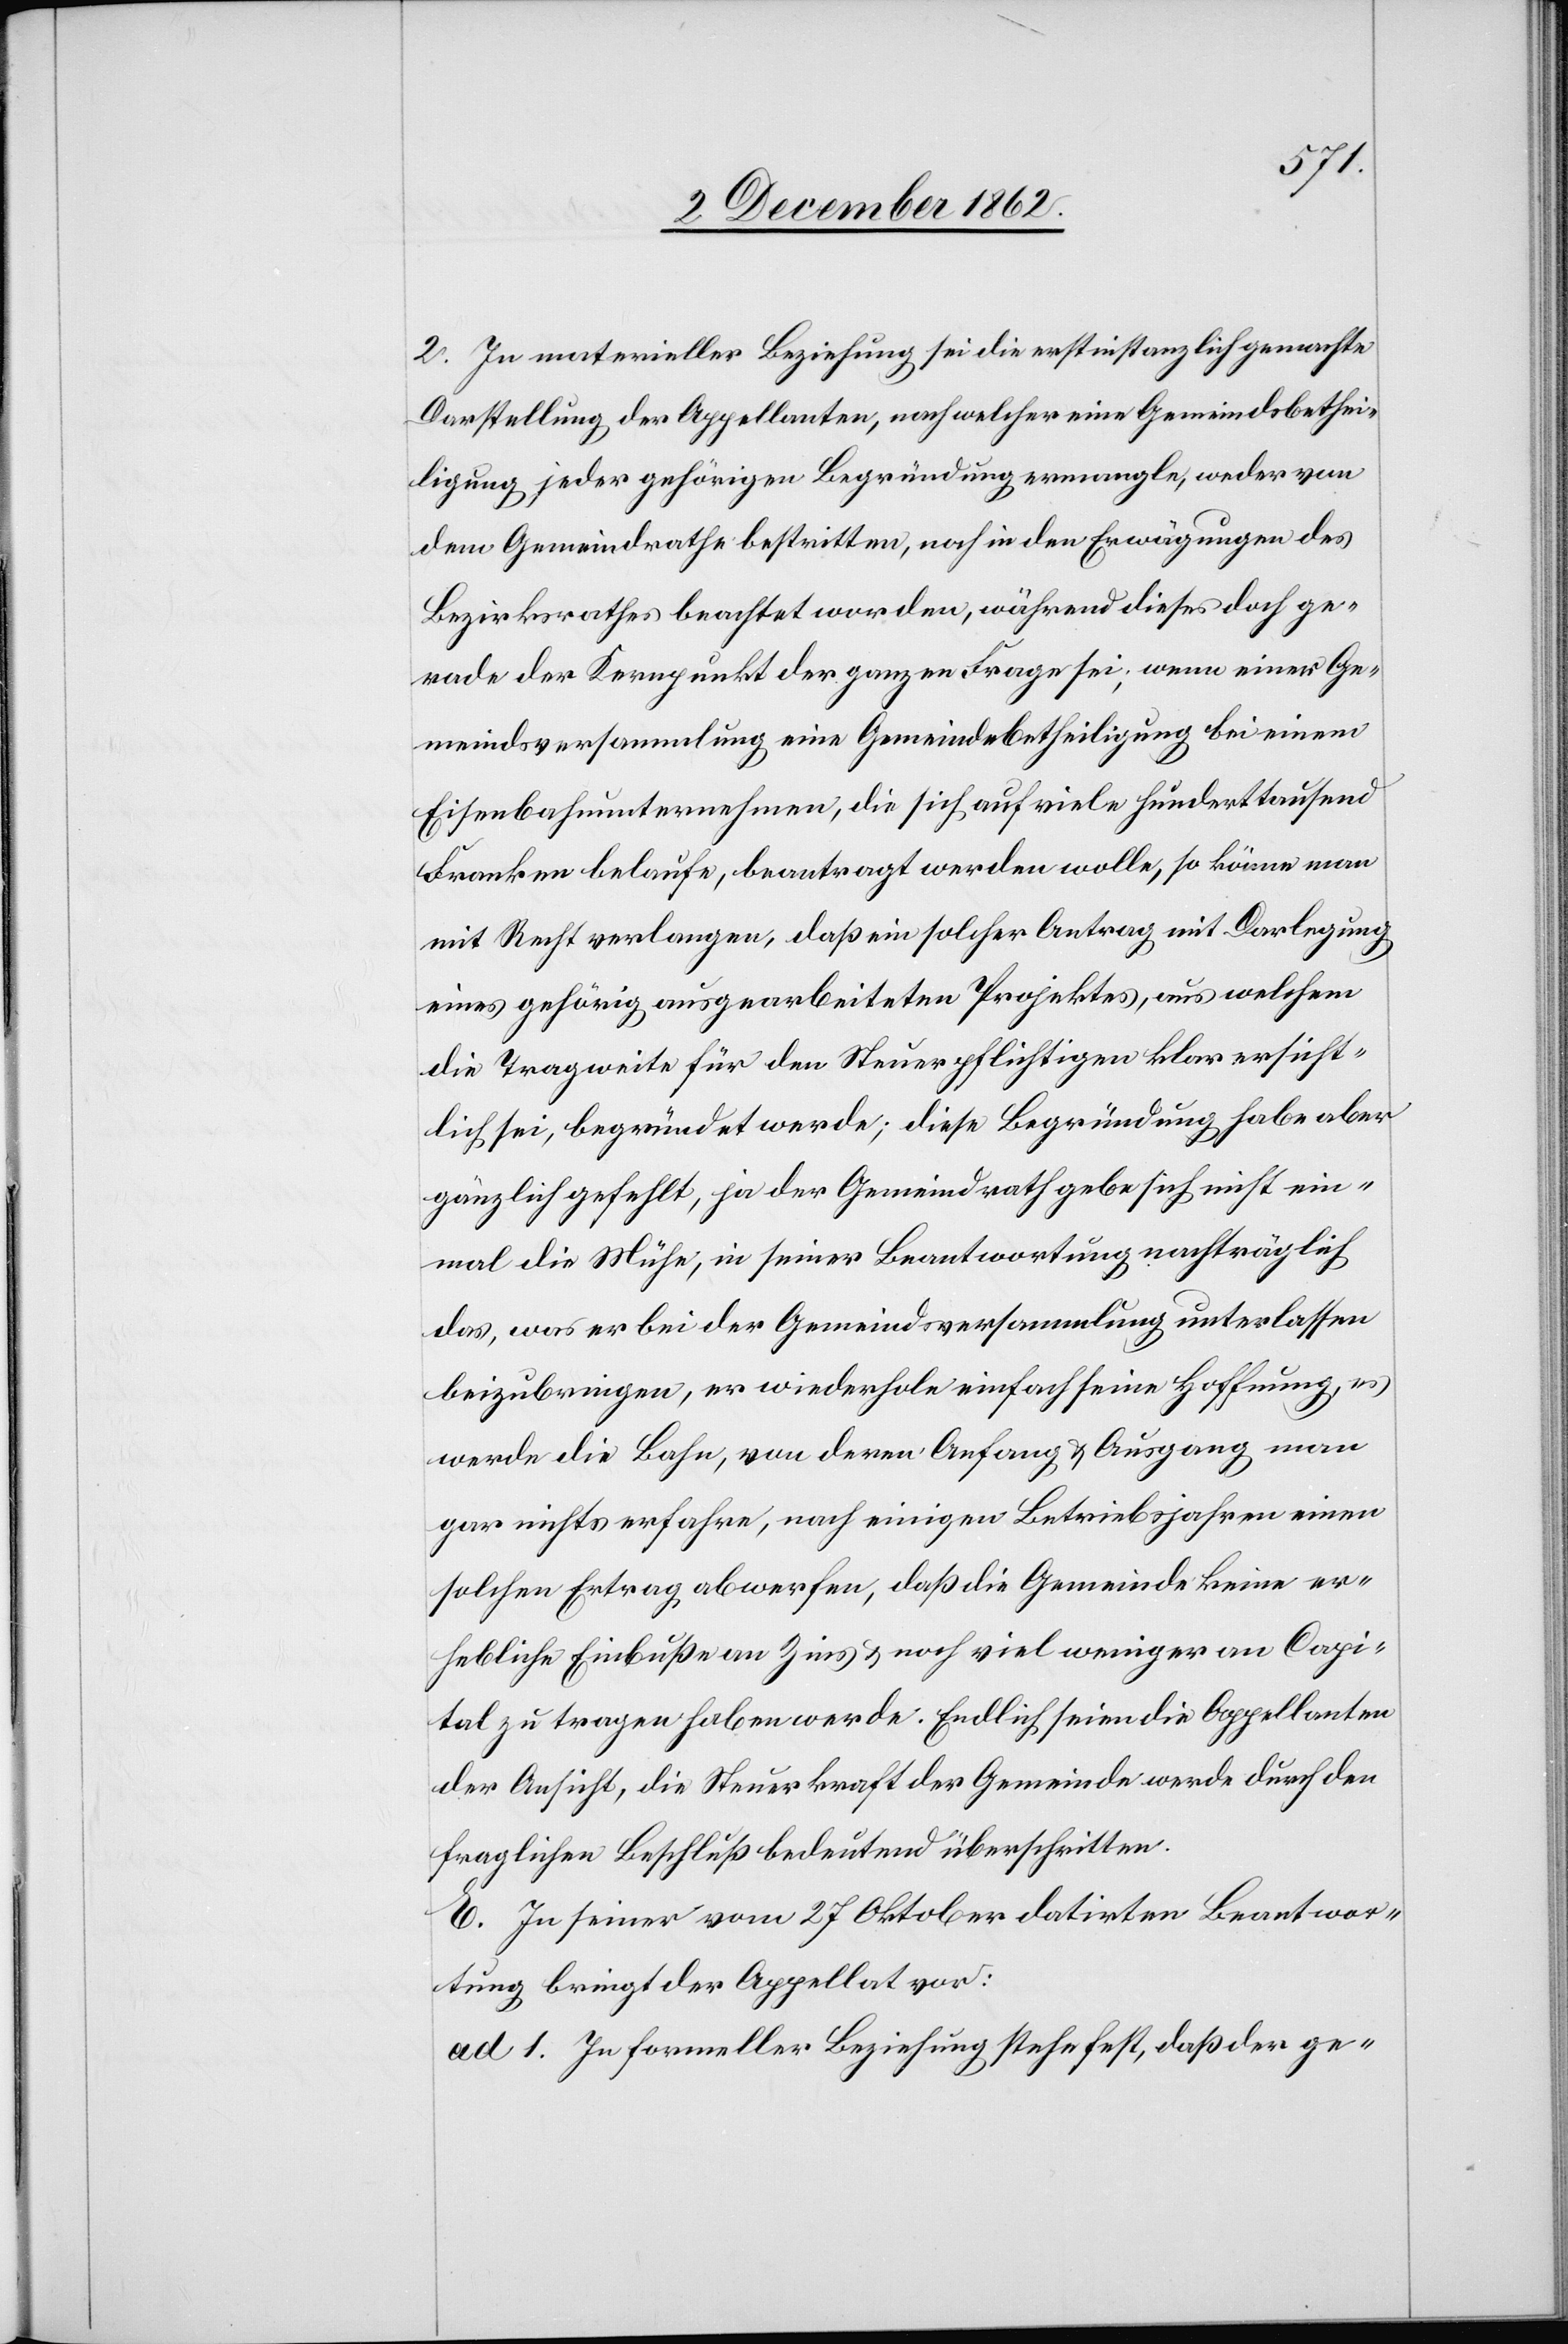
2. In materieller Beziehung sei die erstinstanzlich gemachte
Darstellung der Appellanten, nach welcher eine Gemeindsbethei¬
ligung jeder gehörigen Begründung ermangle, weder von
dem Gemeindrathe bestritten, noch in den Erwägungen des
Bezirksrathes beachtet worden, während dieses doch ge¬
rade der Kernpunkt der ganzen Frage sei, wenn einer Ge¬
meindsversammlung eine Gemeindebetheiligung bei einem
Eisenbahnunternehmen, die sich auf viele hunderttausend
Franken belaufe, beantragt werden wolle, so könne man
mit Recht verlangen, daß ein solcher Antrag mit Darlegung
eines gehörig ausgearbeiteten Projektes, aus welchem
die Tragweite für den Steuerpflichtigen klar ersicht¬
lich sei, begründet werde; diese Begründung habe aber
gänzlich gefehlt, ja der Gemeindrath gebe sich nicht ein¬
mal die Mühe, in seiner Beantwortung nachträglich
das, was er bei der Gemeindsversammlung unterlassen
beizubringen, er wiederhole einfach seine Hoffnung, es
werde die Bahn, von deren Anfang u. Ausgang man
gar nichts erfahren, nach einigen Betriebsjahren einen
solchen Ertrag abwerfen, daß die Gemeinde keine er¬
hebliche Einbuße an Zins u. noch viel weniger an Capi¬
tal zu tragen haben werde. Endlich seien die Appellanten
der Ansicht, die Steuerkraft der Gemeinde werde durch den
fraglichen Beschluß bedeutend überschritten.
E. In seiner vom 27. Oktober datirten Beantwor¬
tung bringt der Appellat vor:
ad 1. In formeller Beziehung stehe fest, daß der ge-